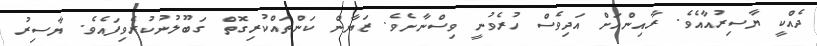
ދެއްކީ ޔާސިރުއާއެވެ. ރާއިންއަށް އަދިވެސް ހުރެވުނީ ވިސްނާށެވެ. ޒަޔާން ކަންތައްކުރިގޮތް ގަބޫލުނުކުރެވިފައެވެ. ޔާސިރު